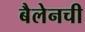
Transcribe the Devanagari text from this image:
बैलेनची